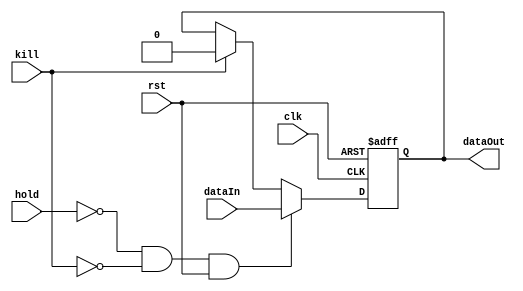

module pReg_bit (clk, hold, kill, rst, dataIn, dataOut);
  input clk, hold, kill, rst, dataIn;
  output dataOut;

  reg curData;

  assign dataOut = curData;

  /*
  // Asynchronously resets the register to 0 whenever reset is low
  always @(rst) begin
    if (rst == 1'b0)
      curData = 1'b0;
  end
  */

  //wire IaR;
  //and_n ander (.a(dataIn), .b(rst), .out(IaR));

  // Every cycle, if hold is not high, we update the register
  // with the value from dataIn.
  // Also, synchronously kill.
  always @(posedge clk or negedge rst) begin
    if (~rst)
      curData = 1'b0;
    else if (hold == 1'b0 && kill == 1'b0 && rst == 1'b1)
      curData = dataIn;
    else if (kill == 1'b1)
      curData = 1'b0;
  end
endmodule

module pReg_n (clk, hold, kill, rst, dataIn, dataOut);
  //parameter n = 1;
  input clk, hold, kill, rst;
  input dataIn;
  output dataOut;

  // Make n 1-bit registers in a row
  pReg_bit regBoi (.clk(clk), .hold(hold), .kill(kill), .rst(rst), .dataIn(dataIn), .dataOut(dataOut));
endmodule